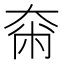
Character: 𡘴